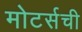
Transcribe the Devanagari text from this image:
मोटर्सची